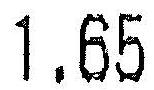
1.65